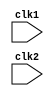
module pipe_MIPS32(clk1,clk2);
    input clk1,clk2;    //two phase clock
    reg [31:0] PC,IF_ID_IR,IF_ID_NPC;
    reg [31:0] ID_EX_IR,ID_EX_NPC, ID_EX_A, ID_EX_B, ID_EX_Imm;
    reg [2:0] ID_EX_type, EX_MEM_type, MEM_WB_type;
    reg [31:0] EX_MEM_IR,EX_MEM_ALUOut,EX_MEM_B;
    reg EX_MEM_cond;
    reg [31:0] MEM_WB_IR,MEM_WB_ALUOut,MEM_WB_LMD;
    reg [31:0] Reg [0:31];      //Register bank(32 x 32)
    reg [31:0] Mem [0:1023];    //1024 x 32 memory
    parameter ADD=6'b000000,SUB=6'b000001,AND=6'b000010,OR=6'b000011,
              SLT=6'b000100,MUL=6'b000101,HLT=6'b111111,LW=6'b001000,
              SW=6'b001001,ADDI=6'b001010,SUBI=6'b001011,SLTI=6'b001100,
              BNEQZ=6'b001101,BEQZ=6'b001110;
    parameter RR_ALU=3'b000, RM_ALU=3'b001,LOAD=3'b010, STORE=3'b011,
              BRANCH=3'b100,HALT=3'b101;
    reg HALTED;    //set after HLT instruction is completed( in WB stage)
    reg TAKEN_BRANCH;   //Required to disable instructions after branch

    //IF stage
    always @(posedge clk1)
        if(HALTED==0)
            begin
                if(((EX_MEM_IR[31:26]==BEQZ) && (EX_MEM_cond==1)) || ((EX_MEM_IR[31:26]==BNEQZ) && (EX_MEM_cond==0)))
                    begin
                        IF_ID_IR<= #2 Mem[EX_MEM_ALUOut];
                        TAKEN_BRANCH<= #2 1'b1;
                        IF_ID_NPC<=#2 EX_MEM_ALUOut+1;
                        PC<=#2 EX_MEM_ALUOut+1;
                    end
                else
                    begin
                        IF_ID_IR <= #2 Mem[PC];
                        IF_ID_NPC<=#2 PC+1;
                        PC<=#2 PC+1;
                    end

            end
    //ID stage
    always@(posedge clk2)
        if(HALTED==0)
            begin
                if(IF_ID_IR[25:21]==5'b00000) ID_EX_A<=0;
                else ID_EX_A <=#2 Reg[IF_ID_IR[25:21]]; //'rs'
                if(IF_ID_IR[20:16]==5'b00000) ID_EX_B<=0;
                else ID_EX_B <=#2 Reg[IF_ID_IR[20:16]]; //'rt'
                ID_EX_NPC<=#2 IF_ID_NPC;
                ID_EX_IR<=#2 IF_ID_IR;
                ID_EX_Imm<=#2 {{16{IF_ID_IR[15]}},{IF_ID_IR[15:0]}};
                case(IF_ID_IR[31:26])
                    ADD,SUB,AND,OR,SLT,MUL: ID_EX_type<=#2 RR_ALU;
                    ADDI,SUBI,SLTI:         ID_EX_type<=#2 RM_ALU;
                    LW:                     ID_EX_type<=#2 LOAD;
                    SW:                     ID_EX_type<=#2 STORE;
                    BNEQZ,BEQZ:             ID_EX_type<=#2 BRANCH;
                    HLT:                    ID_EX_type<=#2 HALT;
                    default:                ID_EX_type<=#2 HALT;//invalid opcode
                endcase
            end
    //EX stage
    always@(posedge clk1)
        if(HALTED==0)
            begin
                EX_MEM_type<=#2 ID_EX_type;
                EX_MEM_IR<=#2 ID_EX_IR;
                TAKEN_BRANCH<=#2 0;
                case(ID_EX_type)
                    RR_ALU:begin
                        case(ID_EX_IR[31:26]) //opcode
                            ADD:EX_MEM_ALUOut<=#2 ID_EX_A + ID_EX_B;  
                            SUB:EX_MEM_ALUOut<=#2 ID_EX_A - ID_EX_B;  
                            AND:EX_MEM_ALUOut<=#2 ID_EX_A & ID_EX_B;  
                            OR:EX_MEM_ALUOut<=#2 ID_EX_A | ID_EX_B;  
                            SLT:EX_MEM_ALUOut<=#2 ID_EX_A < ID_EX_B;  
                            MUL:EX_MEM_ALUOut<=#2 ID_EX_A * ID_EX_B;  
                            default:EX_MEM_ALUOut<=#2 32'hxxxxxxxx; 
                        endcase
                    end
                    RM_ALU:begin
                        case(ID_EX_IR[31:26])
                            ADDI: EX_MEM_ALUOut<=#2 ID_EX_A+ID_EX_Imm;
                            SUBI: EX_MEM_ALUOut<=#2 ID_EX_A-ID_EX_Imm;
                            SLTI: EX_MEM_ALUOut<=#2 ID_EX_A<ID_EX_Imm;
                            default:EX_MEM_ALUOut<=#2 32'hxxxxxxxx; 
                        endcase
                    end
                    LOAD,STORE:begin
                        EX_MEM_ALUOut<=#2 ID_EX_A+ID_EX_Imm;
                        EX_MEM_B<=#2 ID_EX_B;
                    end
                    BRANCH:begin
                        EX_MEM_ALUOut<=#2 ID_EX_NPC+ ID_EX_Imm;
                        EX_MEM_cond<=#2 (ID_EX_A==0);
                    end
                endcase
            end
    //MEM stage
    always@(posedge clk2)
        if(HALTED==0)
            begin
                MEM_WB_type<=#2 EX_MEM_type;
                MEM_WB_IR<=#2 EX_MEM_IR;
                case(EX_MEM_type)
                    RR_ALU,RM_ALU: MEM_WB_ALUOut<=#2 EX_MEM_ALUOut;
                    LOAD: MEM_WB_LMD<=#2 Mem[EX_MEM_ALUOut];
                    STORE: if(TAKEN_BRANCH==0)  Mem[EX_MEM_ALUOut]<=#2 EX_MEM_B;//disable write
                endcase
            end
    //WB stage
    always@(posedge clk2)
        begin
            if(TAKEN_BRANCH==0)
            case (MEM_WB_type)
                RR_ALU: Reg[MEM_WB_IR[15:11]]<=#2 MEM_WB_ALUOut;  //'rd'
                RM_ALU: Reg[MEM_WB_IR[20:16]]<=#2 MEM_WB_ALUOut;  //'rt'
                LOAD: Reg[MEM_WB_IR[20:16]]<=#2 MEM_WB_LMD;  //'rt'
                HALT: HALTED<=#2 1'b1;
            endcase
        end
endmodule